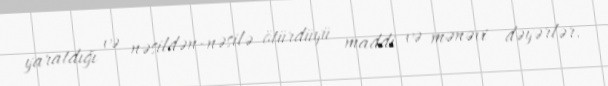
yaratdığı və nəsildən-nəsilə ötürdüyü maddi və mənəvi dəyərlər.